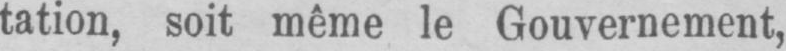
tation, soit même le Gouvernement,